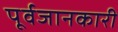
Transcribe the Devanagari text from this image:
पूर्वजानकारी